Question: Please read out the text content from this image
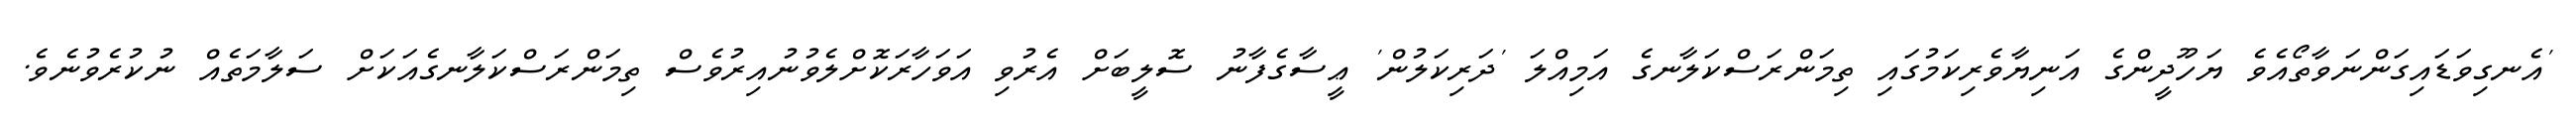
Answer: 'އެނގިވަޑައިގަންނަވާތޯއެވެ ޔަހޫދީންގެ އަނިޔާވެރިކަމުގައި ތިމަންރަސްކަލާނގެ އަމިއްލަ 'ދަރިކަލުން' ޢީސާގެފާނު ސޮލީބަށް އެރުވި އަވަހާރަކޮށްލެވުނުއިރުވެސް ތިމަންރަސްކަލާނގެއަކަށް ސަލާމަތެއް ނުކުރެވުނެވެ.